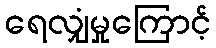
ရေလျှံမှုကြောင့်